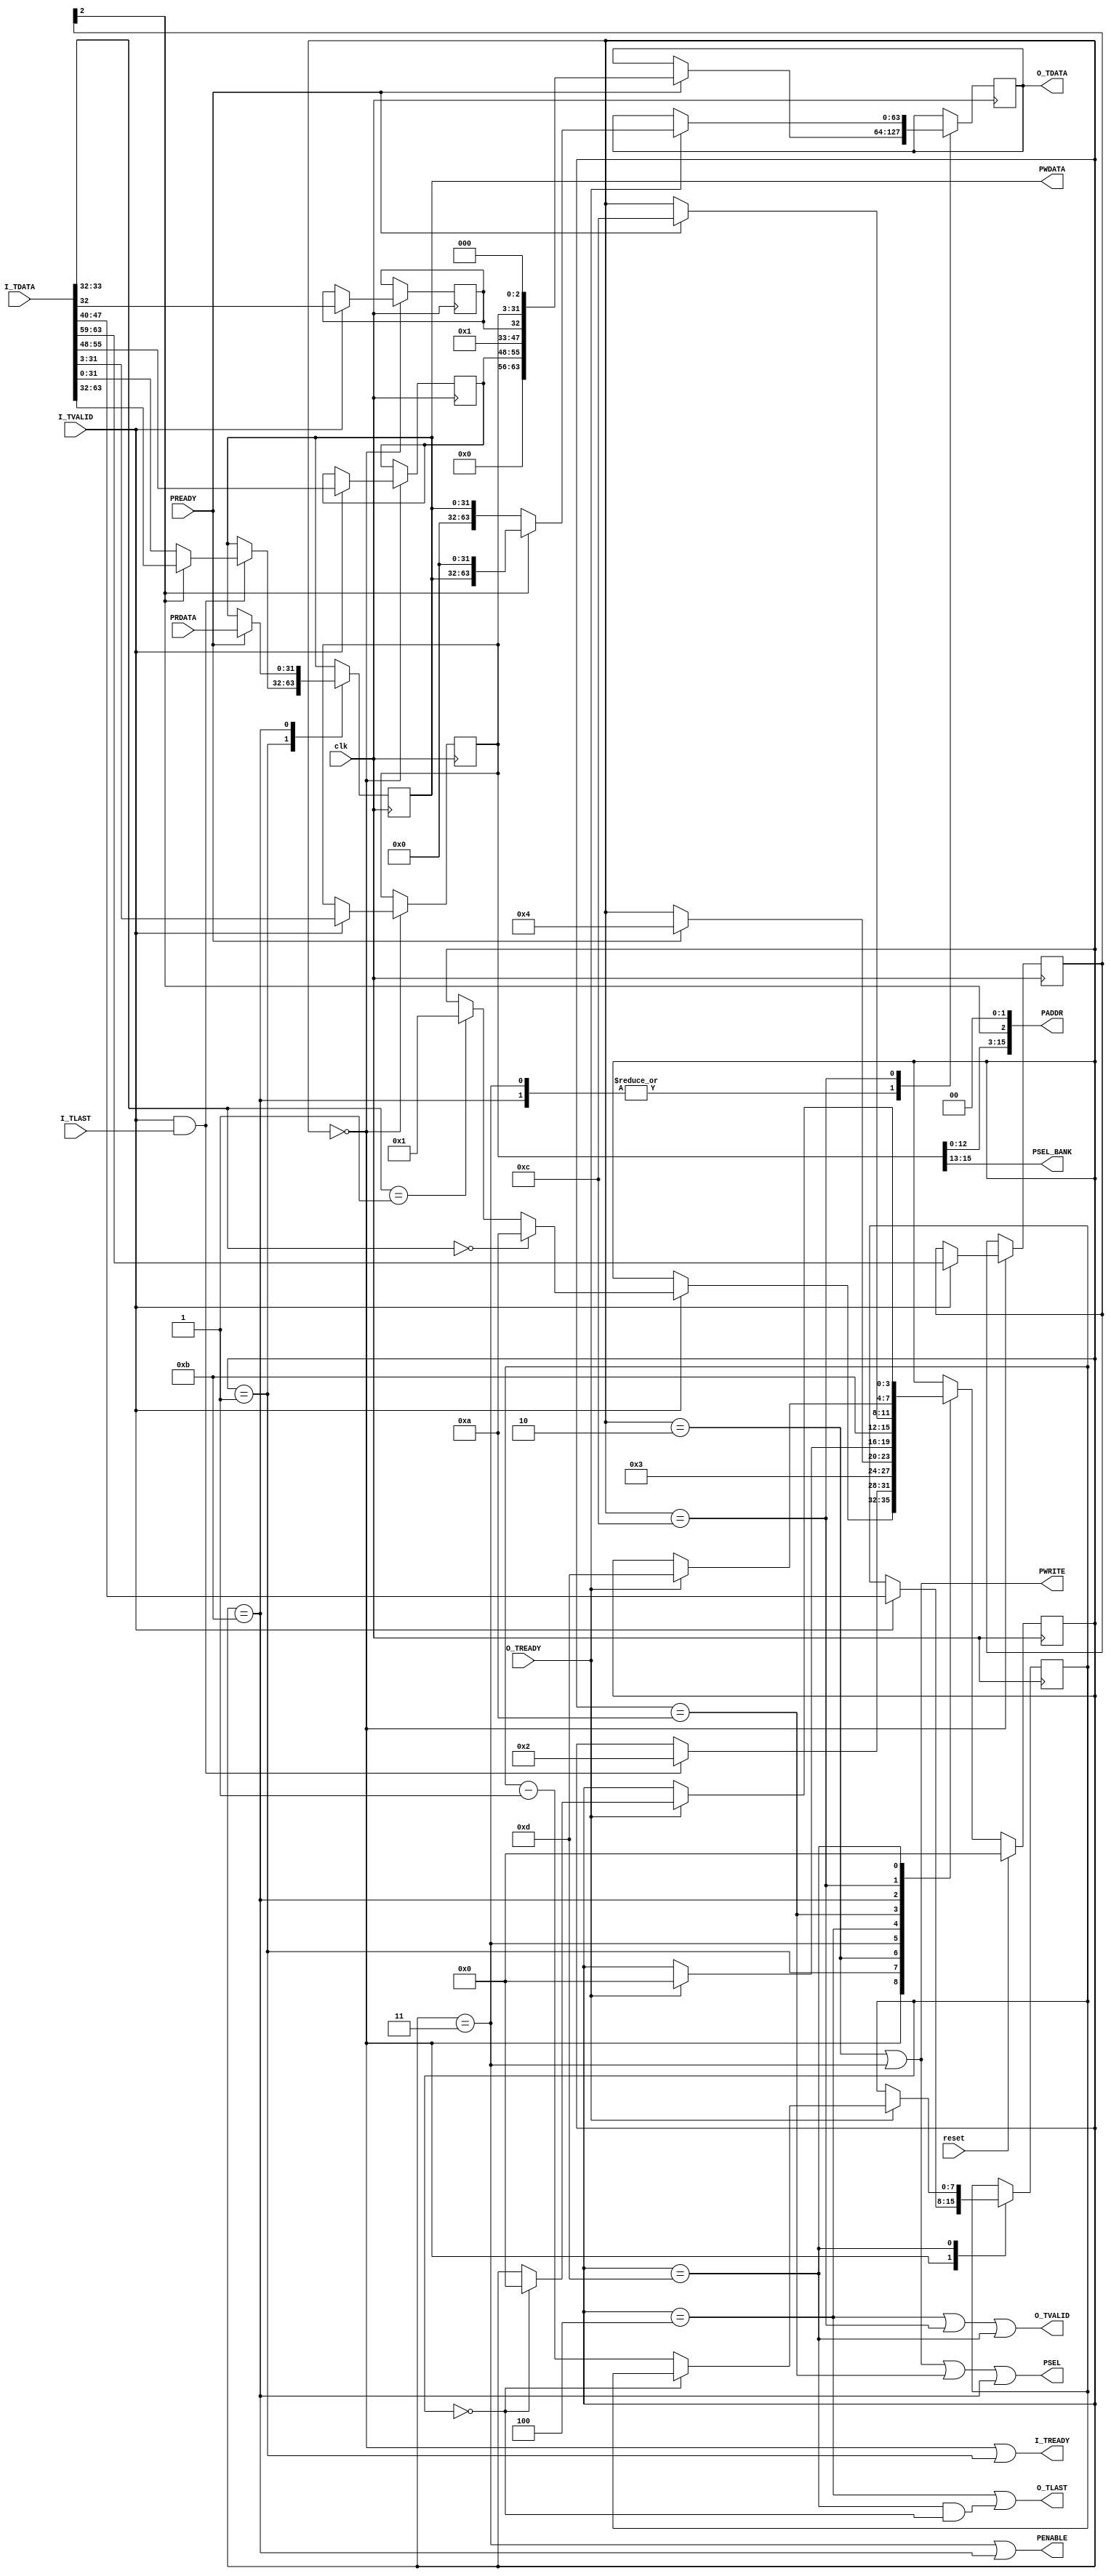
module s_mic_apb(input wire                      clk,
		 input wire 			 reset,

		 /* MIC requests in */
		 input wire 			 I_TVALID,
		 output wire 			 I_TREADY,
		 input wire [63:0] 		 I_TDATA,
		 input wire 			 I_TLAST,

		 /* MIC responses out */
		 output wire 			 O_TVALID,
		 input wire 			 O_TREADY,
		 output reg [63:0] 		 O_TDATA,
		 output wire 			 O_TLAST,

		 /* APB */
		 output wire [DECODE_BITS-1:0] 	 PADDR,
		 output wire 			 PWRITE,
		 output wire 			 PSEL,
		 output wire [NUM_CSEL_LOG2-1:0] PSEL_BANK,
		 output wire 			 PENABLE,
		 output wire [31:0] 		 PWDATA,
		 input wire [31:0] 		 PRDATA,
		 input wire 			 PREADY
		 );

   parameter DECODE_BITS = 16; // Address bits 16 upwards decodes peripheral selects (64KB each)
   parameter NUM_CSEL_LOG2 = 3; // Decode 8 devices


   reg [3:0] 				       state;
`define MIC_APB_STATE_IDLE      4'h0

`define MIC_APB_STATE_WWAIT     4'h1
`define MIC_APB_STATE_WSEL      4'h2
`define MIC_APB_STATE_WEN       4'h3
`define MIC_APB_STATE_WACK      4'h4

`define MIC_APB_STATE_RSEL      4'ha
`define MIC_APB_STATE_REN       4'hb
`define MIC_APB_STATE_RACK      4'hc
`define MIC_APB_STATE_RDATA     4'hd

   /* MIC input header */
   wire [31:3] 				       req_addr = I_TDATA[31:3];
   wire [1:0] 				       req_type = I_TDATA[33:32];
   wire [7:0] 				       req_rlen = I_TDATA[47:40];
   wire [7:0] 				       req_route = I_TDATA[55:48];
   wire [4:0] 				       req_ben = I_TDATA[63:59];

   reg [31:3] 				       captured_address;
   reg [7:0] 				       captured_route;
   reg [4:0] 				       captured_ben;
   reg [7:0] 				       captured_rlen;
   reg 					       captured_type; // 0 RD, 1 WR

   /* Bit is 1 for accesses in [63:32] range */
   wire 				       req_word_high = captured_ben[2];

   /* MIC response header */
   wire [63:0] 				       resp_hdr = {8'h0, captured_route,
							   14'h0, 1'b1, captured_type,
							   captured_address[31:3], 3'h0};
   /* APB state */
   reg [31:0] 				       data_reg;


   /* States */
   always @(posedge clk) begin
      case (state)
	`MIC_APB_STATE_IDLE: begin
	   if (I_TVALID) begin
	      if (req_type == 2'b00) begin // Read
		 state       <= `MIC_APB_STATE_RSEL;
	      end else if (req_type == 2'b01) begin // Write
		 state       <= `MIC_APB_STATE_WWAIT;
	      end

	      captured_address       <= req_addr;
	      captured_route         <= req_route;
	      captured_ben           <= req_ben;
	      /* The read length must be zero.  However, programming errors
	       * etc. might lead to a burst access of this bridge; as a
	       * decadent favour to the world, we shouldn't deadlock the
	       * system.  So, provide fake beats when a burst occurs.
	       */
	      captured_rlen          <= req_rlen;
	      captured_type          <= req_type[0]; /* 0 RD, 1 WR */
	   end
	end


	`MIC_APB_STATE_WWAIT: begin
	   if (I_TVALID && I_TLAST) begin
	      /* Note, waiting for I_TLAST is a hack that
	       * sinks any multi-beat writes.  They should not be
	       * sent, but this helps half-way...
	       */
	      data_reg       <= req_word_high ? I_TDATA[63:32] : I_TDATA[31:0];
	      state          <= `MIC_APB_STATE_WSEL;
	   end
	end

	`MIC_APB_STATE_WSEL: begin
	   /* Nothing interesting; PSEL goes high now */
	   state <= `MIC_APB_STATE_WEN;
	end

	`MIC_APB_STATE_WEN: begin
	   if (PREADY) begin
	      state          <= `MIC_APB_STATE_WACK;
	      O_TDATA        <= resp_hdr;
	   end
	end

	`MIC_APB_STATE_WACK: begin
	   if (O_TREADY) begin
	      /* They got the message. */
	      state          <= `MIC_APB_STATE_IDLE;
	   end
	end


	`MIC_APB_STATE_RSEL: begin
	   /* Nothing interesting; PSEL goes high now */
	   state             <= `MIC_APB_STATE_REN;
	end

	`MIC_APB_STATE_REN: begin
	   if (PREADY) begin
	      /* Data's ready from APB, capture it */
	      data_reg       <= PRDATA;
	      /* ...and output a read response header: */
	      state          <= `MIC_APB_STATE_RACK;
	      O_TDATA        <= resp_hdr;
	   end
	end

	`MIC_APB_STATE_RACK: begin
	   if (O_TREADY) begin
	      /* They got header; next they'll get the data. */
	      state          <= `MIC_APB_STATE_RDATA;
	      if (req_word_high)
		O_TDATA      <= {data_reg, 32'h0};
	      else
		O_TDATA      <= {32'h0, data_reg};
	   end
	end

	`MIC_APB_STATE_RDATA: begin
	   if (O_TREADY) begin
	      /* They got the data. */
	      if (captured_rlen == 0) begin
		 state       <= `MIC_APB_STATE_IDLE;
	      end else begin
		 /* A response beat was accepted, BUT the read request was
		  * for a burst.  Fake up some more beats, to avoid the
		  * requester deadlocking.
		  */
		 captured_rlen <= captured_rlen - 1;
	      end
	   end
	end
      endcase // case (state)

      if (reset) begin
	 state          <= `MIC_APB_STATE_IDLE;
      end
   end


   /* Assign outputs */
   assign I_TREADY = (state == `MIC_APB_STATE_IDLE) || (state == `MIC_APB_STATE_WWAIT);
   assign O_TVALID = (state == `MIC_APB_STATE_WACK) ||
		     (state == `MIC_APB_STATE_RACK) || (state == `MIC_APB_STATE_RDATA);
   assign O_TLAST = (state == `MIC_APB_STATE_WACK) ||
		    ((state == `MIC_APB_STATE_RDATA) && (captured_rlen == 0));

   assign PADDR = {captured_address[DECODE_BITS-1:3],
		   req_word_high,
		   2'b00};
   assign PWRITE = (state == `MIC_APB_STATE_WSEL) || (state == `MIC_APB_STATE_WEN);
   assign PSEL = (state == `MIC_APB_STATE_WSEL) || (state == `MIC_APB_STATE_WEN) ||
		 (state == `MIC_APB_STATE_RSEL) || (state == `MIC_APB_STATE_REN);
   assign PSEL_BANK = captured_address[NUM_CSEL_LOG2+DECODE_BITS-1:DECODE_BITS];
   assign PENABLE = (state == `MIC_APB_STATE_WEN) || (state == `MIC_APB_STATE_REN);
   assign PWDATA = data_reg;

endmodule